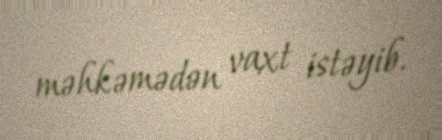
məhkəmədən vaxt istəyib.